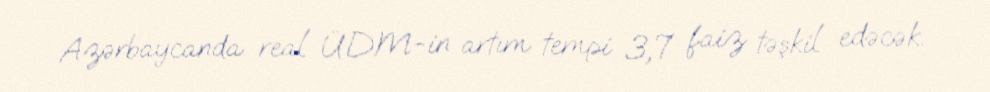
Azərbaycanda real ÜDM-in artım tempi 3,7 faiz təşkil edəcək.